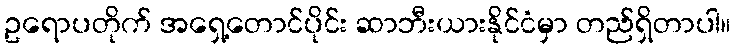
ဥရောပတိုက် အရှေ့တောင်ပိုင်း ဆာဘီးယားနိုင်ငံမှာ တည်ရှိတာပါ။